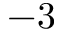
- 3